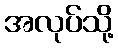
အလုပ်သို့